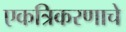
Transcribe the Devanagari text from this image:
एकत्रिकरणाचे